Lunatic asylums United Provinces 1909-1921 - 1909-1921
Year: 1909
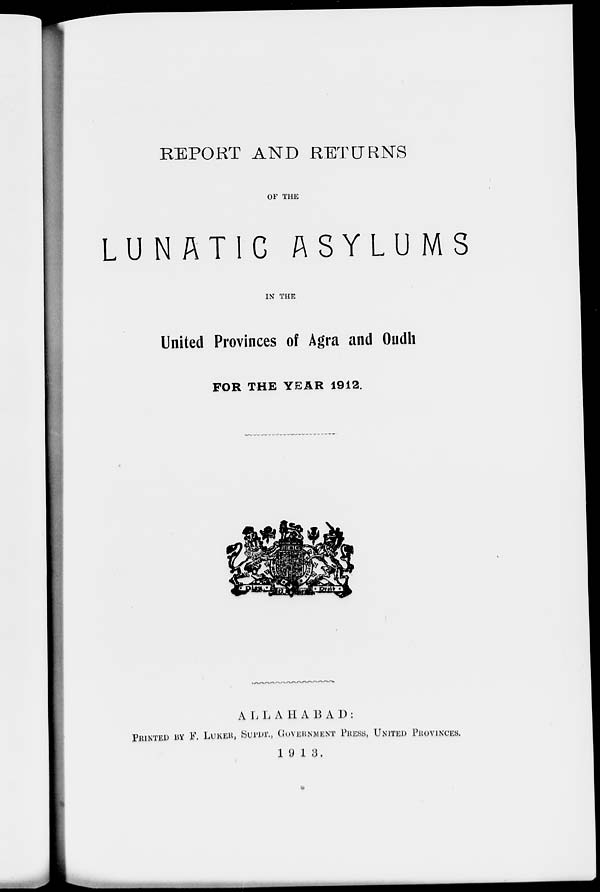
REPORT AND RETURNS
OF THE
LUNATIC ASYLUMS
IN THE
United Provinces of Agra and Oudh
FOR THE YEAR 1912.
ALLAHABAD :
PRINTED BY F. LUKER, SUPD., GOVERNMENT PRESS, UNITED PROVINCES.
1913.